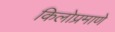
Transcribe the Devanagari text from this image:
किलोप्रमाणे